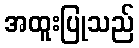
အထူးပြုသည်